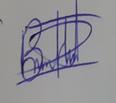
Signature authenticity: genuine